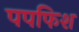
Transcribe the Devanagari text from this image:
पपफिश